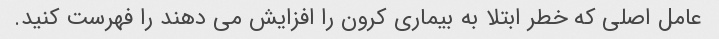
عامل اصلی که خطر ابتلا به بیماری کرون را افزایش می دهند را فهرست کنید.